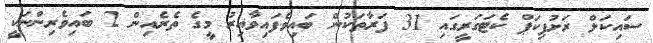
ސައިކަލް ރަށުޕިކަޕް ކެޓަގަރީގައި 31 ފަރާތަކުން ބައިވެފައިވާއިރު މީގެ ތެރެއިން 2 ބައިވެރިންނަކީ